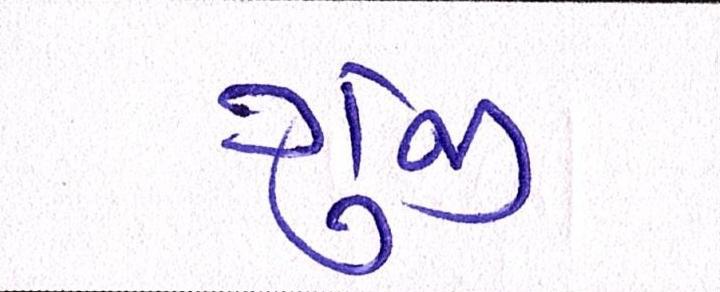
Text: ગુંજી